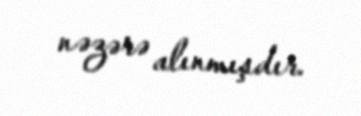
nəzərə alınmışdır.